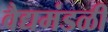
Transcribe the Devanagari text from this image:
वैद्यमंडळी